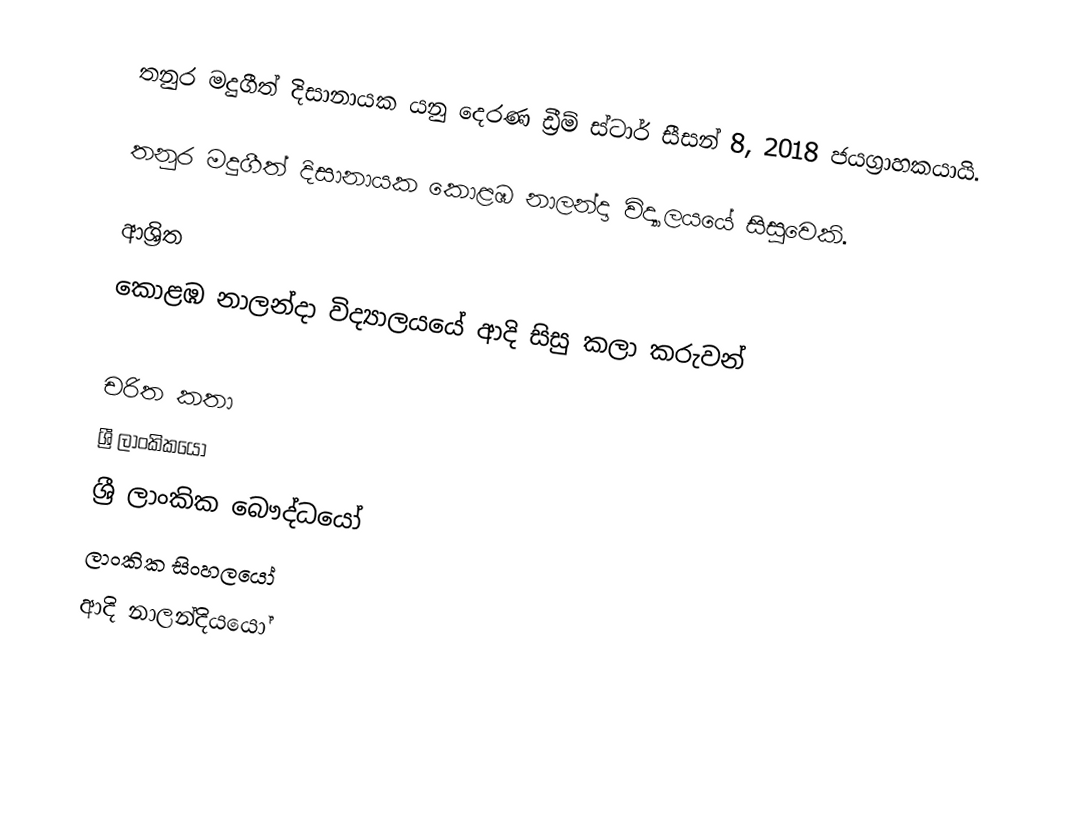
තනුර මදුගීත් දිසානායක  යනු  දෙරණ ඩ්‍රීම් ස්ටාර් සීසන් 8, 2018 ජයග්‍රාහකයායි.

තනුර මදුගීත් දිසානායක  කොළඹ නාලන්දා විද්‍යාලයයේ සිසුවෙකි.

ආශ්‍රිත
 කොළඹ නාලන්දා විද්‍යාලයයේ ආදි සිසු කලා කරුවන්

චරිත කතා
ශ්‍රී ලාංකිකයෝ
ශ්‍රී ලාංකික බෞද්ධයෝ
ලාංකික සිංහලයෝ
ආදි නාලන්දියයෝ